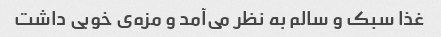
غذا سبک و سالم به نظر می‌آمد و مزه‌ی خوبی داشت